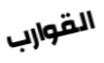
القوارب